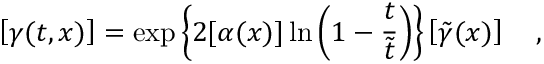
\left[ \gamma ( t , x ) \right] = \exp \left\{ 2 [ \alpha ( x ) ] \ln \left( 1 - \frac { t } { \tilde { t } } \right) \right\} \left[ \tilde { \gamma } ( x ) \right] ~ ~ ~ ,